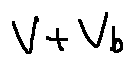
V + V _ { b }